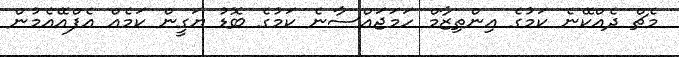
މެޗް ދެއްކޭނެ ކަމުގެ އިންތިޒާމް ހަމަޖައްސާނެ ކަމުގެ ބޮޑު ޔަގީން ކަމެއް އެފްއޭއެމުން